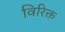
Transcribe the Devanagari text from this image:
विरिक्त